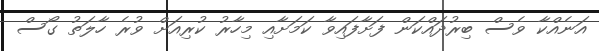
އަނެއްކާ ވެސް ބިރުދައްކަން ފަށާފައިވާ ކަމަށާއި މިހާރު ކުރިއަށް ވުރެ ހާލަތު ގޯސް